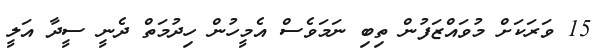
15 ވަރަކަށް މުވައްޒަފުން ތިބި ނަމަވެސް އެމީހުން ހިދުމަތް ދެނީ ސީދާ އަލީ